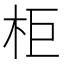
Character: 柜